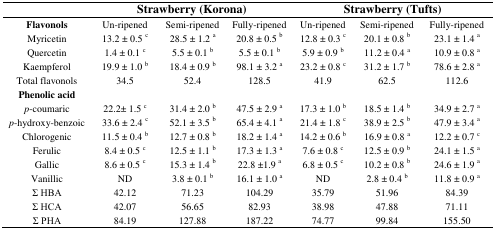
<table><thead><tr><td></td><td colspan="3"><b>Strawberry (Korona)</b></td><td colspan="3"><b>Strawberry (Tufts)</b></td></tr></thead><tbody><tr><td><b>Flavonols</b></td><td>Un-ripened</td><td>Semi-ripened</td><td>Fully-ripened</td><td>Un-ripened</td><td>Semi-ripened</td><td>Fully-ripened</td></tr><tr><td>Myricetin</td><td>13.2 ± 0.5 <sup>c</sup></td><td>28.5 ± 1.2 <sup>a</sup></td><td>20.8 ± 0.5 <sup>b</sup></td><td>12.8 ± 0.3 <sup>c</sup></td><td>20.1 ± 0.8 <sup>b</sup></td><td>23.1 ± 1.4 <sup>a</sup></td></tr><tr><td>Quercetin</td><td>1.4 ± 0.1 <sup>c</sup></td><td>5.5 ± 0.1 <sup>b</sup></td><td>5.5 ± 0.1 <sup>b</sup></td><td>5.9 ± 0.9 <sup>b</sup></td><td>11.2 ± 0.4 <sup>a</sup></td><td>10.9 ± 0.8 <sup>a</sup></td></tr><tr><td>Kaempferol</td><td>19.9 ± 1.0 <sup>b</sup></td><td>18.4 ± 0.9 <sup>b</sup></td><td>98.1 ± 3.2 <sup>a</sup></td><td>23.2 ± 0.8 <sup>c</sup></td><td>31.2 ± 1.7 <sup>b</sup></td><td>78.6 ± 2.8 <sup>a</sup></td></tr><tr><td>Total flavonols</td><td>34.5</td><td>52.4</td><td>128.5</td><td>41.9</td><td>62.5</td><td>112.6</td></tr><tr><td><b>Phenolic acid</b></td><td></td><td></td><td></td><td></td><td></td><td></td></tr><tr><td><i>p</i>-coumaric</td><td>22.2± 1.5 <sup>c</sup></td><td>31.4 ± 2.0 <sup>b</sup></td><td>47.5 ± 2.9 <sup>a</sup></td><td>17.3 ± 1.0 <sup>b</sup></td><td>18.5 ± 1.4 <sup>b</sup></td><td>34.9 ± 2.7 <sup>a</sup></td></tr><tr><td><i>p</i>-hydroxy-benzoic</td><td>33.6 ± 2.4 <sup>c</sup></td><td>52.1 ± 3.5 <sup>b</sup></td><td>65.4 ± 4.1 <sup>a</sup></td><td>21.4 ± 1.8 <sup>c</sup></td><td>38.9 ± 2.5 <sup>b</sup></td><td>47.9 ± 3.4 <sup>a</sup></td></tr><tr><td>Chlorogenic</td><td>11.5 ± 0.4 <sup>b</sup></td><td>12.7 ± 0.8 <sup>b</sup></td><td>18.2 ± 1.4 <sup>a</sup></td><td>14.2 ± 0.6 <sup>b</sup></td><td>16.9 ± 0.8 <sup>a</sup></td><td>12.2 ± 0.7 <sup>c</sup></td></tr><tr><td>Ferulic</td><td>8.4 ± 0.5 <sup>c</sup></td><td>12.5 ± 1.1 <sup>b</sup></td><td>17.3 ± 1.3 <sup>a</sup></td><td>7.6 ± 0.8 <sup>c</sup></td><td>12.5 ± 0.9 <sup>b</sup></td><td>24.1 ± 1.5 <sup>a</sup></td></tr><tr><td>Gallic</td><td>8.6 ± 0.5 <sup>c</sup></td><td>15.3 ± 1.4 <sup>b</sup></td><td>22.8 ±1.9 <sup>a</sup></td><td>6.8 ± 0.5 <sup>c</sup></td><td>10.2 ± 0.8 <sup>b</sup></td><td>24.6 ± 1.9 <sup>a</sup></td></tr><tr><td>Vanillic</td><td>ND</td><td>3.8 ± 0.1 <sup>b</sup></td><td>16.1 ± 1.0 <sup>a</sup></td><td>ND</td><td>2.8 ± 0.4 <sup>b</sup></td><td>11.8 ± 0.9 <sup>a</sup></td></tr><tr><td>∑ HBA</td><td>42.12</td><td>71.23</td><td>104.29</td><td>35.79</td><td>51.96</td><td>84.39</td></tr><tr><td>∑ HCA</td><td>42.07</td><td>56.65</td><td>82.93</td><td>38.98</td><td>47.88</td><td>71.11</td></tr><tr><td>∑ PHA</td><td>84.19</td><td>127.88</td><td>187.22</td><td>74.77</td><td>99.84</td><td>155.50</td></tr></tbody></table>